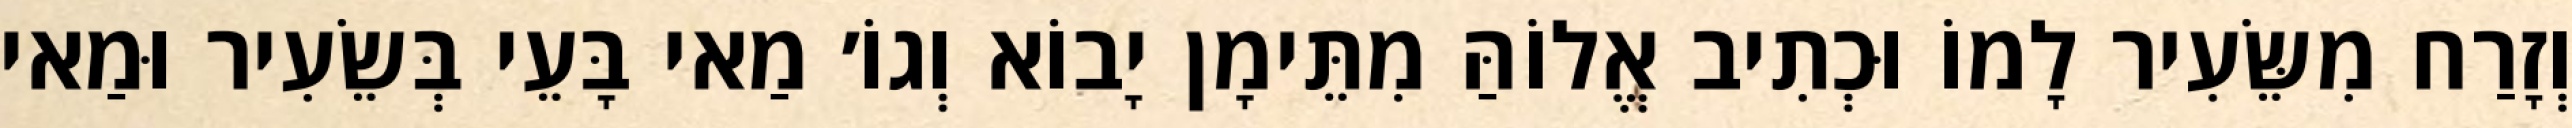
וְזָרַח מִשֵּׂעִיר לָמוֹ וּכְתִיב אֱלוֹהַּ מִתֵּימָן יָבוֹא וְגוֹ׳ מַאי בָּעֵי בְּשֵׂעִיר וּמַאי